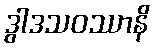
ဒွါဒသဝဿာနိ